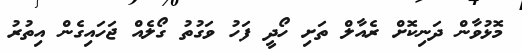
މޮޅުވާން ދަނިކޮށް ރެއާލް ތަށި ހޯދީ ފަހު ވަގުތު ގޯލެއް ޖަހައިގެން އިތުރު